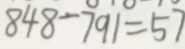
8 4 8 - 7 9 1 = 5 7